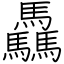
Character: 驫